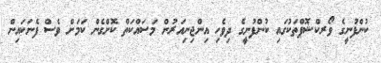
ކުންފުނީގެ ވޯރކްޝޮޕްތަކުގައި ކުންފުނީގެ ދިވެހި އިންޖިނިއަރުން މަސައްކަތް ކޮށްގެން ކަމަށް ވެސް ފެނަކައިން